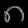
Digit: ၈